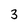
Character: 3